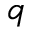
q